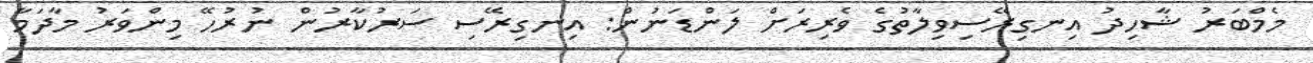
މެމްބަރު ޝާހިދު އިނގިރޭސިވިލާތުގެ ވެރިރަށް ލަންޑަނުން: އިނގިރޭސި ސަރުކާރުން ނުރުހޭ މިންވަރު މާދަމާ